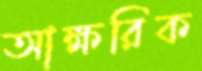
আক্ষরিক